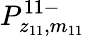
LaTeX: P_{z_{11},m_{11}}^{11-}